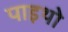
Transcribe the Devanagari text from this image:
पाइथो